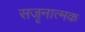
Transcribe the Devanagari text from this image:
सजृनात्मक